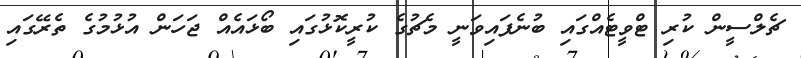
ޗެލްސީން ކުރި ޓްވީޓެއްގައި ބުނެފައިވަނީ މެޗުގެ ކުރީކޮޅުގައި ބޯޅައެއް ޖަހަން އުޅުމުގެ ތެރޭގައި